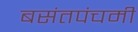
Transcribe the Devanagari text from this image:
बसंतपंचमी